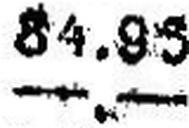
—.—